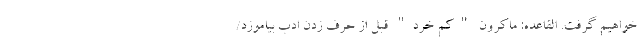
خواهیم گرفت. القاعده: ماکرون "کم خرد" قبل از حرف زدن ادب بیاموزد/